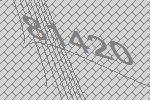
81420